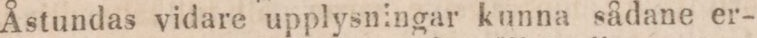
Åstundas vidare upplysningar kunna sådane er-